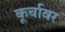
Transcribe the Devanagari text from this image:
कूर्चावर